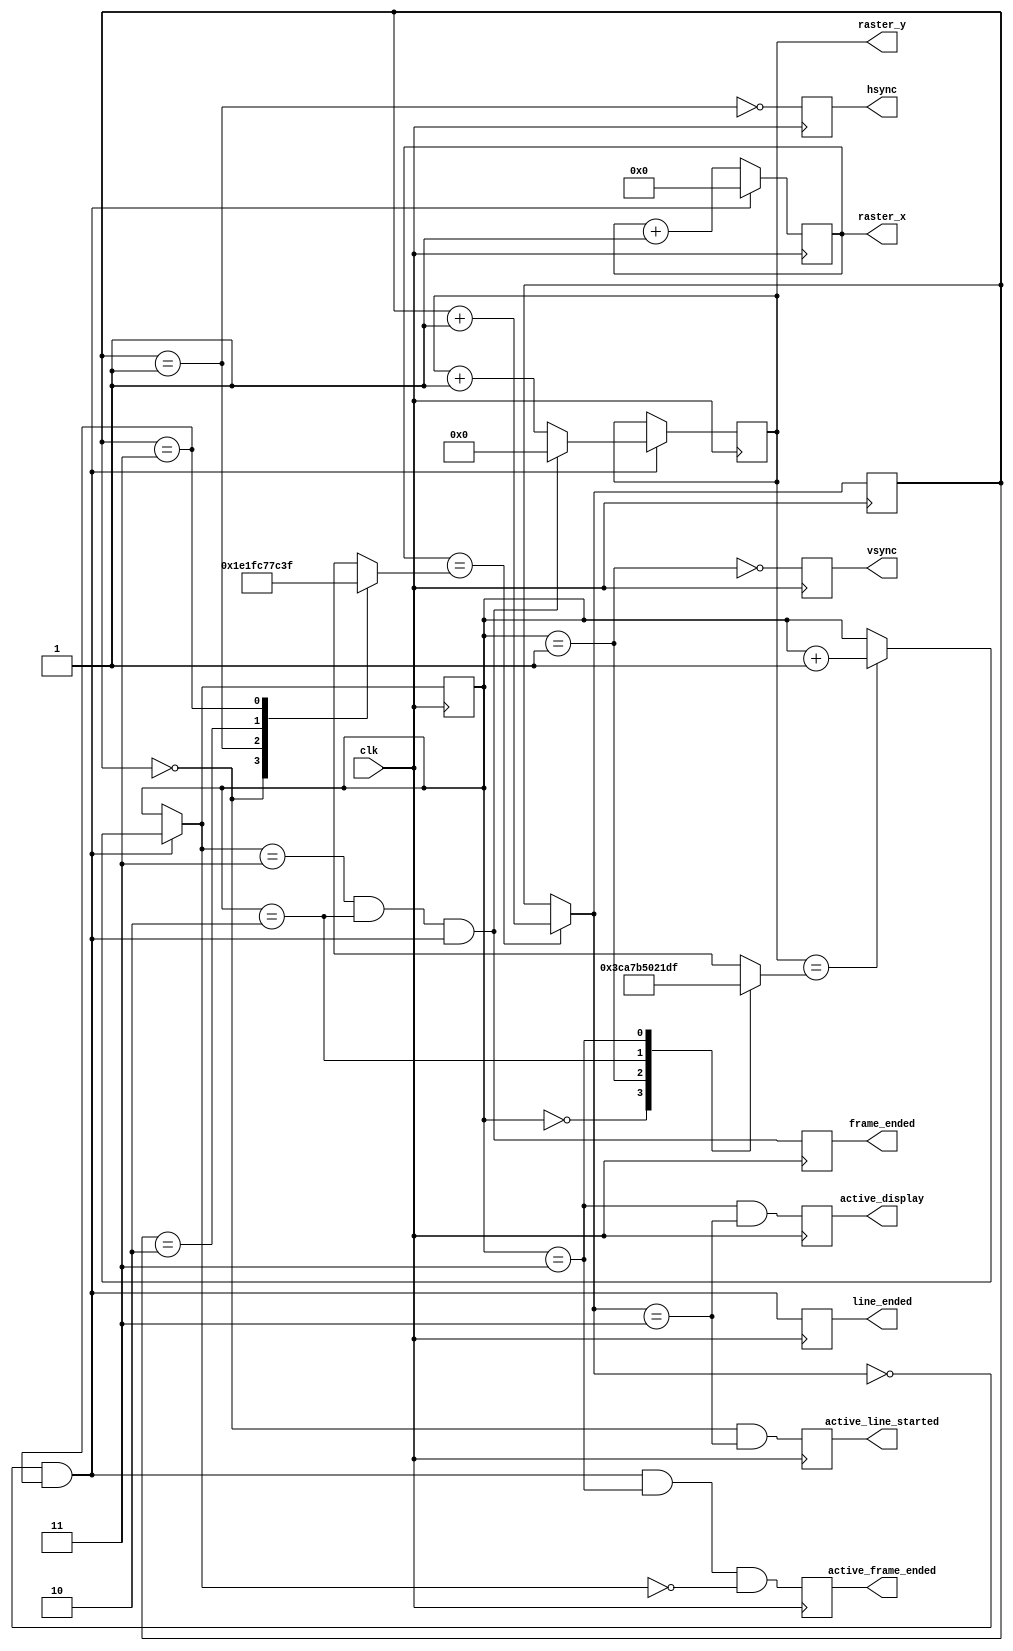
module vdp_vga_timing #(
    parameter H_ACTIVE_WIDTH = 848,
    parameter V_ACTIVE_HEIGHT = 480,

    parameter H_FRONTPORCH = 16,
    parameter H_SYNC = 112,
    parameter H_BACKPORCH = 112,

    parameter V_FRONTPORCH = 6,
    parameter V_SYNC = 8,
    parameter V_BACKPORCH = 23
) (
    input clk,

    output reg [10:0] raster_x = 0,
    output reg [9:0] raster_y = 0,

    output reg line_ended,
    output reg frame_ended,

    output reg active_line_started,
    output reg active_frame_ended,

    output reg hsync,
    output reg vsync,
    output reg active_display
);
    localparam STATE_FP = 0;
    localparam STATE_SYNC = 1;
    localparam STATE_BP = 2;
    localparam STATE_ACTIVE = 3;

    localparam H_SIZE = H_ACTIVE_WIDTH + H_FRONTPORCH + H_SYNC + H_BACKPORCH;
    localparam V_SIZE = V_ACTIVE_HEIGHT + V_FRONTPORCH + V_SYNC + V_BACKPORCH;

    localparam H_OFFSCREEN_WIDTH = H_SIZE - H_ACTIVE_WIDTH;
    localparam V_OFFSCREEN_HEIGHT = V_SIZE - V_ACTIVE_HEIGHT;

    wire line_ended_nx = x_fsm_nx == STATE_FP && x_fsm == STATE_ACTIVE;
    wire frame_ended_nx = y_fsm_nx == STATE_ACTIVE && y_fsm == STATE_BP && line_ended_nx;
    wire active_frame_ended_nx = line_ended_nx && y_fsm == STATE_ACTIVE && y_fsm_nx == STATE_FP;

    wire hsync_b_nx = x_fsm == STATE_SYNC;
    wire vsync_b_nx = y_fsm == STATE_SYNC;

    wire active_display_nx = y_fsm == STATE_ACTIVE && x_fsm_nx == STATE_ACTIVE;

    wire active_line_started_nx = x_fsm == STATE_FP && x_fsm_nx == STATE_ACTIVE;

    reg [1:0] x_fsm_nx;

    always @* begin
        x_fsm_nx = (raster_x == x_next_count ? x_fsm + 1 : x_fsm);
    end

    reg [1:0] y_fsm_nx;

    always @* begin
        y_fsm_nx = y_fsm;

        if (line_ended_nx) begin
            y_fsm_nx = (raster_y == y_next_count ? y_fsm + 1 : y_fsm);
        end
    end

    reg [1:0] x_fsm = 0;
    reg [1:0] y_fsm = STATE_ACTIVE;

    always @(posedge clk) begin
        x_fsm <= x_fsm_nx;
        y_fsm <= y_fsm_nx;
    end

    reg [10:0] x_next_count, y_next_count;

    // target counts to advance state

    always @* begin
        (* full_case, parallel_case *)
        case (x_fsm)
            STATE_FP: x_next_count = H_FRONTPORCH - 1;
            STATE_SYNC: x_next_count = H_FRONTPORCH + H_SYNC - 1;
            STATE_BP: x_next_count = H_SYNC + H_FRONTPORCH + H_BACKPORCH - 1;
            STATE_ACTIVE: x_next_count = H_SIZE - 1;
        endcase
    end

    always @* begin
        (* full_case, parallel_case *)
        case (y_fsm)
            STATE_FP: y_next_count = V_ACTIVE_HEIGHT + V_FRONTPORCH - 1;
            STATE_SYNC: y_next_count = V_ACTIVE_HEIGHT + V_FRONTPORCH + V_SYNC - 1;
            STATE_BP: y_next_count = V_SIZE - 1;
            STATE_ACTIVE: y_next_count = V_ACTIVE_HEIGHT - 1;
        endcase
    end

    reg [10:0] raster_x_nx;
    reg [9:0] raster_y_nx;

    always @* begin
        raster_x_nx = raster_x + 1;
        raster_y_nx = raster_y;

        if (line_ended_nx) begin
            raster_x_nx = 0;
            raster_y_nx = raster_y + 1;

            if (frame_ended_nx) begin
                raster_y_nx = 0;
            end
        end
    end

    always @(posedge clk) begin
        raster_x <= raster_x_nx;
        raster_y <= raster_y_nx;
    end

    always @(posedge clk) begin
        hsync <= !hsync_b_nx;
        vsync <= !vsync_b_nx;
        active_display <= active_display_nx;
        line_ended <= line_ended_nx;
        frame_ended <= frame_ended_nx;
        active_line_started <= active_line_started_nx;
        active_frame_ended <= active_frame_ended_nx;
    end

`ifdef FORMAL

    reg past_valid = 0;
    reg [1:0] past_counter = 0;

    initial begin
        restrict(reset);
    end

    always @(posedge clk) begin
        if (past_counter < 3) begin
            past_counter <= past_counter + 1;
        end else begin
            past_valid <= 1;
        end

        if (past_counter != 0) begin
            assume(!reset);
        end
    end

    always @(posedge clk) begin
        if (!$past(reset) && past_counter > 2) begin
            assert(active_display == (raster_x > H_OFFSCREEN_WIDTH && raster_y < (V_SIZE - V_OFFSCREEN_HEIGHT)));

            assert(!hsync == ((raster_x >= H_FRONTPORCH) && (raster_x < H_FRONTPORCH + H_SYNC)));
            assert(!vsync == ((raster_y >= V_ACTIVE_HEIGHT + V_FRONTPORCH) && (raster_y < V_ACTIVE_HEIGHT + V_FRONTPORCH + V_SYNC)));

            assert(line_ended_nx == (raster_x == (H_SIZE - 1)));
            assert(line_ended == (raster_x == 0));

            assert(frame_ended_nx == (raster_y == (V_SIZE - 1)));
            assert(active_frame_ended_nx == (raster_y == V_ACTIVE_HEIGHT - 1 && line_ended_nx));
        end
    end

`endif

endmodule